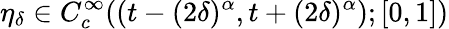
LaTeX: \eta_{\delta}\in C_{c}^{\infty}((t-(2\delta)^{\alpha},t+(2\delta)^{\alpha});[0,1])